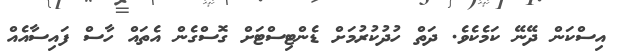
އިސްކަން ދޭނޭ ކަމެކެވެ. ދަތް ހުދުކުރުމަށް ޑެންޓިސްޓަށް ގޮސްގެން އެތައް ހާސް ފައިސާއެއް